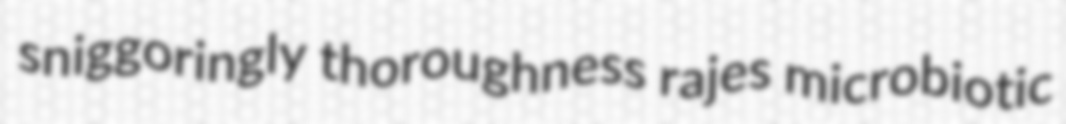
sniggoringly thoroughness rajes microbiotic